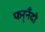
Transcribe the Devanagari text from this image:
फर्‌नँदो